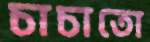
চাচাতো